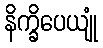
နိက္ခိပေယျုံ